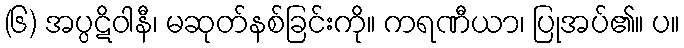
(၆) အပ္ပဋိဝါနီ၊ မဆုတ်နစ်ခြင်းကို။ ကရဏီယာ၊ ပြုအပ်၏။ ပ။